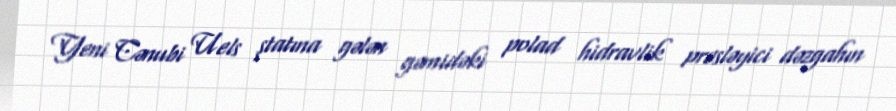
Yeni Cənubi Uels ştatına gələn gəmidəki polad hidravlik presləyici dəzgahın